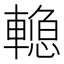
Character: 𰹣